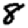
Digit: 8